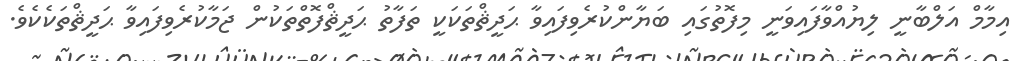
އިމާމް އަލްބާނީ ލިޔުއްވާފައިވަނީ މިފޮތުގައި ބަޔާންކުރެވިފައިވާ ޙަދީޘްތަކަކީ ތަފާތު ޙަދީޘްފޮތްތަކުން ޖަމާކުރެވިފައިވާ ޙަދީޘްތަކެކެވެ.